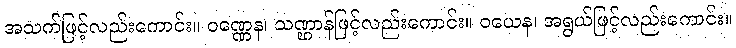
အသက်ဖြင့်လည်းကောင်း။ ဝဏ္ဏေန၊ သဏ္ဌာန်ဖြင့်လည်းကောင်း။ ဝယေန၊ အရွယ်ဖြင့်လည်းကောင်း။